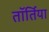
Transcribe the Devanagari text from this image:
तॉर्तिया